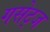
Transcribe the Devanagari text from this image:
गसेट्ज